Report on vaccination in the Province of Bengal - 1874-1889
Year: 1874
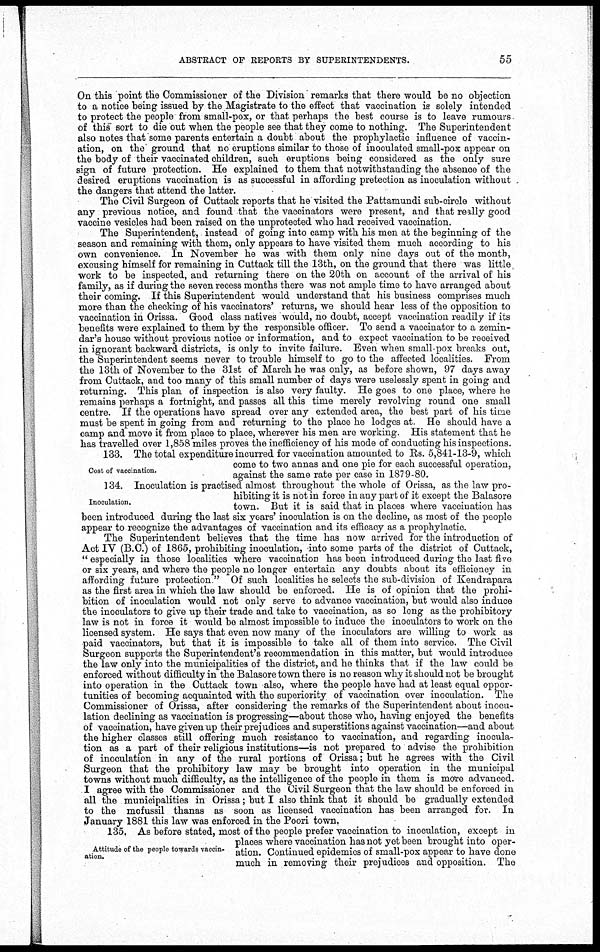
ABSTRACT OF REPORTS BY SUPERINTENDENTS.
55
On this point the Commissioner of the Division remarks that there would be no objection
to a notice being issued by the Magistrate to the effect that vaccination is solely intended
to protect the people from small-pox, or that perhaps the best course is to leave rumours-
of this sort to die out when the people see that they come to nothing. The Superintendent
also notes that some parents entertain a doubt about the prophylactic influence of vaccin-
ation, on the ground that no eruptions similar to those of inoculated small-pox appear on
the body of their vaccinated children, such eruptions being considered as the only sure
sign of future protection. He explained to them that notwithstanding the absence of the
desired eruptions vaccination is as successful in affording pretection as inoculation without
the dangers that attend the latter.
The Civil Surgeon of Cuttack reports that he visited the Pattamundi sub-circle without
any previous notice, and found that the vaccinators were present, and that really good
vaccine vesicles had been raised on the unprotected who had received vaccination.
The Superintendent, instead of going into camp with his men at the beginning of the
season and remaining with them, only appears to have visited them much according to his
own convenience. In November he was with them only nine days out of the month,
excusing himself for remaining in Cuttack till the 13th, on the ground that there was little
work to be inspected, and returning there on the 20th on account of the arrival of his
family, as if during the seven recess months there was not ample time to have arranged about
their coming. If this Superintendent would understand that his business comprises much
more than the checking of his vaccinators' returns, we should hear less of the opposition to
vaccination in Orissa. Good class natives would, no doubt, accept vaccination readily if its
benefits were explained to them by the responsible officer. To send a vaccinator to a zemin-
dar's house without previous notice or information, and to expect vaccination to be received
in ignorant backward districts, is only to invite failure. Even when small-pox breaks out,
the Superintendent seems never to trouble himself to go to the affected localities. From
the 13th of November to the 31st of March he was only, as before shown, 97 days away
from Cuttack, and too many of this small number of days were uselessly spent in going and
returning. This plan of inspection is also very faulty. He goes to one place, where he
remains perhaps a fortnight, and passes all this time merely revolving round one small
centre. If the operations have spread over any extended area, the best part of his time
must be spent in going from and returning to the place he lodges at. He should have a
camp and move it from place to place, wherever his men are working. His statement that he
has travelled over 1,858 miles proves the inefficiency of his mode of conducting his inspections.
Cost of vaccination.
133. The total expenditure incurred for vaccination amounted to Rs. 5,841-13-9, which
come to two annas and one pie for each successful operation,
against the same rate per case in 1879-80.
Inoculation.
134. Inoculation is practised almost throughout the whole of Orissa, as the law pro-
hibiting it is not in force in any part of it except the Balasore
town. But it is said that in places where vaccination has
been introduced during the last six years' inoculation is on the decline, as most of the people
appear to recognize the advantages of vaccination and its efficacy as a prophylactic.
The Superintendent believes that the time has now arrived for the introduction of
Act IV (B.C.) of 1865, prohibiting inoculation, into some parts of the district of Cuttack,
" especially in those localities where vaccination has been introduced during the last five
or six years, and where the people no longer entertain any doubts about its efficiency in
affording future protection " Of such localities he selects the sub-division of Kendrapara
as the first area in which the law should be enforced. He is of opinion that the prohi-
bition of inoculation would not only serve to advance vaccination, but would also induce
the inoculators to give up their trade and take to vaccination, as so long as the prohibitory
law is not in force it would be almost impossible to induce the inoculators to work on the
licensed system. He says that even now many of the inoculators are willing to work as
paid vaccinators, but that it is impossible to take all of them into service. The Civil
Surgeon supports the Superintendent's recommendation in this matter, but would introduce
the law only into the municipalities of the district, and he thinks that if the law could be
enforced without difficulty in the Balasore town there is no reason why it should not be brought
into operation in the Cuttack town also, where the people have had at least equal oppor-
tunities of becoming acquainted with the superiority of vaccination over inoculation. The
Commissioner of Orissa, after considering the remarks of the Superintendent about inocu-
lation declining as vaccination is progressing—about those who, having enjoyed the benefits
of vaccination, have given up their prejudices and superstitions against vaccination—and about
the higher classes still offering much resistance to vaccination, and regarding inocula-
tion as a part of their religious institutions—is not prepared to advise the prohibition
of inoculation in any of the rural portions of Orissa; but he agrees with the Civil
Surgeon that the prohibitory law may be brought into operation in the municipal
towns without much difficulty, as the intelligence of the people in them is more advanced.
I agree with the Commissioner and the Civil Surgeon that the law should be enforced in
all the municipalities in Orissa; but I also think that it should be gradually extended
to the mofussil thanas as soon as licensed vaccination has been arranged for. In
January 1881 this law was enforced in the Poori town.
Attitude of the people towards vaccin-
ation.
135. As before stated, most of the people prefer vaccination to inoculation, except in
places where vaccination has not yet been brought into oper-
ation. Continued epidemics of small-pox appear to have done
much in removing their prejudices and opposition. The